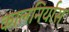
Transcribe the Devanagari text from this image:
कालनिर्यास